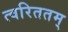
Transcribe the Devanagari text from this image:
त्वरिततम्